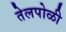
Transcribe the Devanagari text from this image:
तेलपोळी